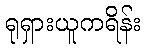
ရုရှားယူကရိန်း